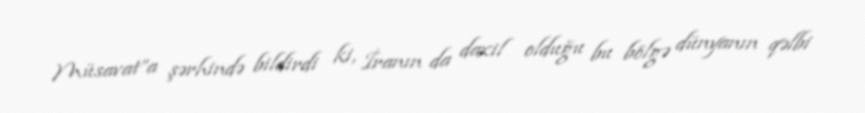
Müsavat”a şərhində bildirdi ki, İranın da daxil olduğu bu bölgə dünyanın qəlbi